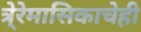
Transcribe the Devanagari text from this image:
त्रे्रेमासिकाचेही